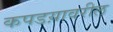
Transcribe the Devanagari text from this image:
कपडय़ावरील